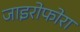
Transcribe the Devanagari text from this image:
जाइरोफोरा